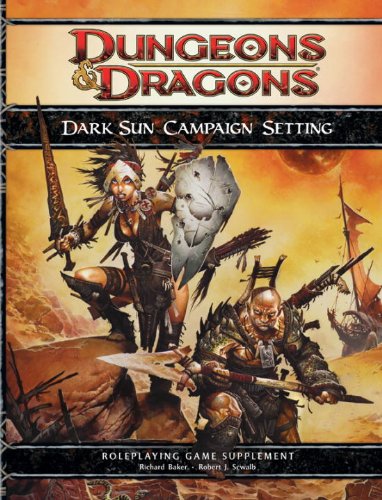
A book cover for Dark Sun Campaign Setting: A 4th Edition D&D Supplement; Richard Baker; Science Fiction & Fantasy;